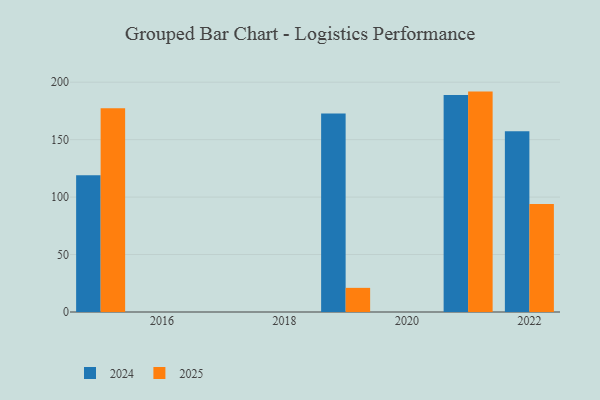
{"axis": {"x": "Year", "y": "Website Visitors"}, "legend": ["2024", "2025"], "data": [{"x": "2015", "y": 118.9, "type": "2024"}, {"x": "2015", "y": 177.4, "type": "2025"}, {"x": "2021", "y": 188.9, "type": "2024"}, {"x": "2021", "y": 191.8, "type": "2025"}, {"x": "2019", "y": 172.8, "type": "2024"}, {"x": "2019", "y": 21.0, "type": "2025"}, {"x": "2022", "y": 157.2, "type": "2024"}, {"x": "2022", "y": 94.0, "type": "2025"}]}